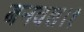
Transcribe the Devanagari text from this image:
बनवल।१